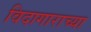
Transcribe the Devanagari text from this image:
विदागाराच्या